On a parasite found in the white corpuscles of the blood of palm squirrels - Number 24
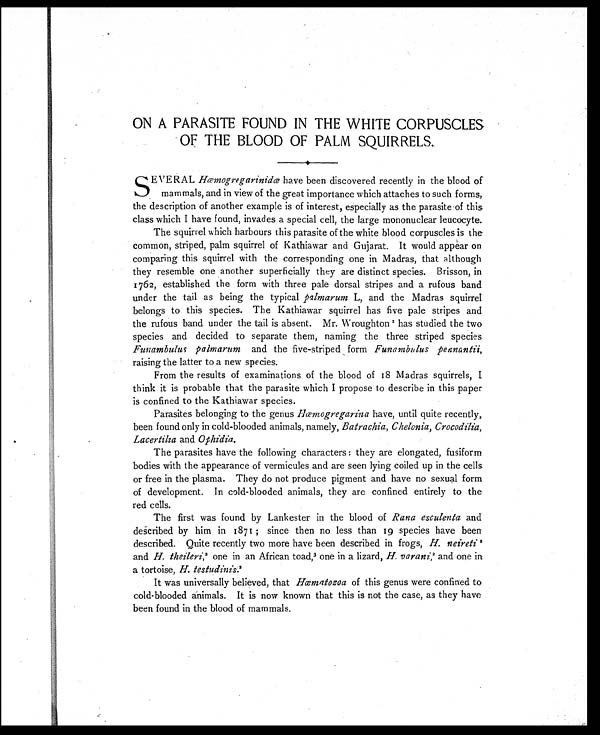
ON A PARASITE FOUND IN THE WHITE CORPUSCLES
OF THE BLOOD OF PALM SQUIRRELS.
SEVERAL Hæmogregarinidæ have been discovered recently in the blood of
mammals, and in view of the great importance which attaches to such forms,
the description of another example is of interest, especially as the parasite of this
class which I have found, invades a special cell, the large mononuclear leucocyte.
The squirrel which harbours this parasite of the white blood corpuscles is the
common, striped, palm squirrel of Kathiawar and Gujarat. It would appear on
comparing this squirrel with the corresponding one in Madras, that although
they resemble one another superficially they are distinct species. Brisson, in
1762, established the form with three pale dorsal stripes and a rufous band
under the tail as being the typical palmarum L, and the Madras squirrel
belongs to this species. The Kathiawar squirrel has five pale stripes and
the rufous band under the tail is absent. Mr. Wroughton 1has studied the two
species and decided to separate them, naming the three striped species
Funambulus palmarum and the five-striped form Funambulus pennantii,
raising the latter to a new species.
From the results of examinations of the blood of 18 Madras squirrels, I
think it is probable that the parasite which I propose to describe in this paper
is confined to the Kathiawar species.
Parasites belonging to the genus Hæmogregarina have, until quite recently,
been found only in cold-blooded animals, namely, Batrachia, Chelonia, Crocodilia,
Lacertilia and Ophidia.
The parasites have the following characters : they are elongated, fusiform
bodies with the appearance of vermicules and are seen lying coiled up in the cells
or free in the plasma. They do not produce pigment and have no sexual form
of development. In cold-blooded animals, they are confined entirely to the
red cells.
The first was found by Lankester in the blood of Rana esculenta and
described by him in 1871 ; since then no less than 19 species have been
described. Quite recently two more have been described in frogs, H. neireti 2
and H. theileri, 2 one in an African toad, 3 one in a lizard, H. varani,2 and one in
a tortoise, H. testudinis.2
It was universally believed, that Hæmatozoa of this genus were confined to
cold-blooded animals. It is now known that this is not the case, as they have
been found in the blood of mammals.